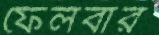
ফেলবার